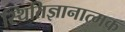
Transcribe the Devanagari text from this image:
स्थितिज्ञानात्मक